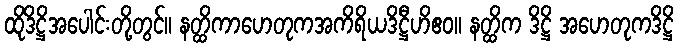
ထိုဒိဋ္ဌိအပေါင်းတို့တွင်။ နတ္ထိကာဟေတုကအကိရိယဒိဋ္ဌီဟိဧဝ။ နတ္ထိက ဒိဋ္ဌိ အဟေတုကဒိဋ္ဌိ